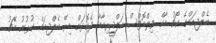
ބެލްޖިއަމްގެ ކޯޗު މާކް ވިލްމޮޓްސް އަލްޖީރިއާއާ ދެކޮޅަށް މިރޭ ބެލްޖިއަމް ކުޅުނު މެޗު